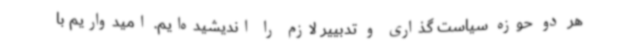
هر دو حوزه سیاست گذاری و تدبییر لازم را اندیشیده‌ایم. امیدواریم با